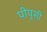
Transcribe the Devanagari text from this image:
पीयूसी